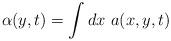
LaTeX: \begin{align*}\alpha(y,t) =\int dx \ a(x,y,t)\end{align*}